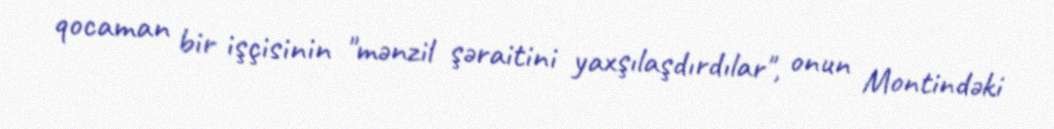
qocaman bir işçisinin "mənzil şəraitini yaxşılaşdırdılar", onun Montindəki